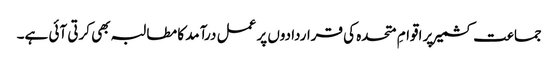
جماعت کشمیر پر اقوامِ متحدہ کی قراردادوں پر عمل درآمد کا مطالبہ بھی کرتی آئی ہے۔